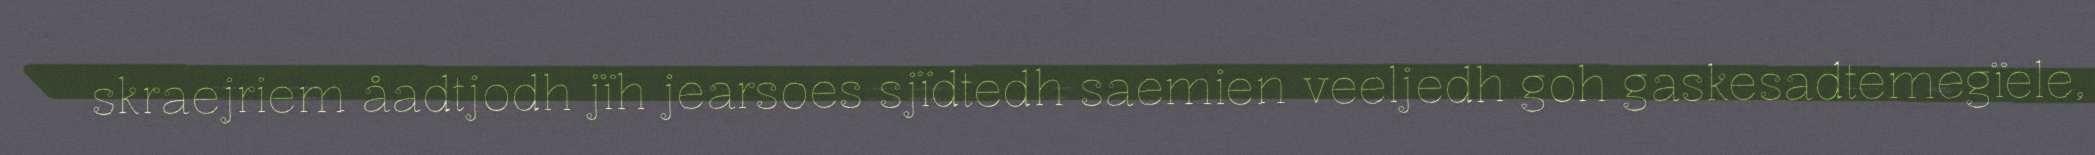
skraejriem åadtjodh jïh jearsoes sjïdtedh saemien veeljedh goh gaskesadtemegïele,